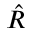
\hat { R }